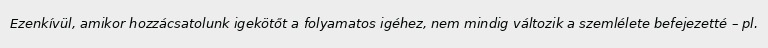
Ezenkívül, amikor hozzácsatolunk igekötőt a folyamatos igéhez, nem mindig változik a szemlélete befejezetté – pl.